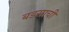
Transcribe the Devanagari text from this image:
बडसाची